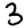
Digit: 3